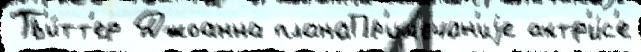
Тв'и́тт'ер Джоанна планаПр'им'ечан'иjе актр'и́с'е